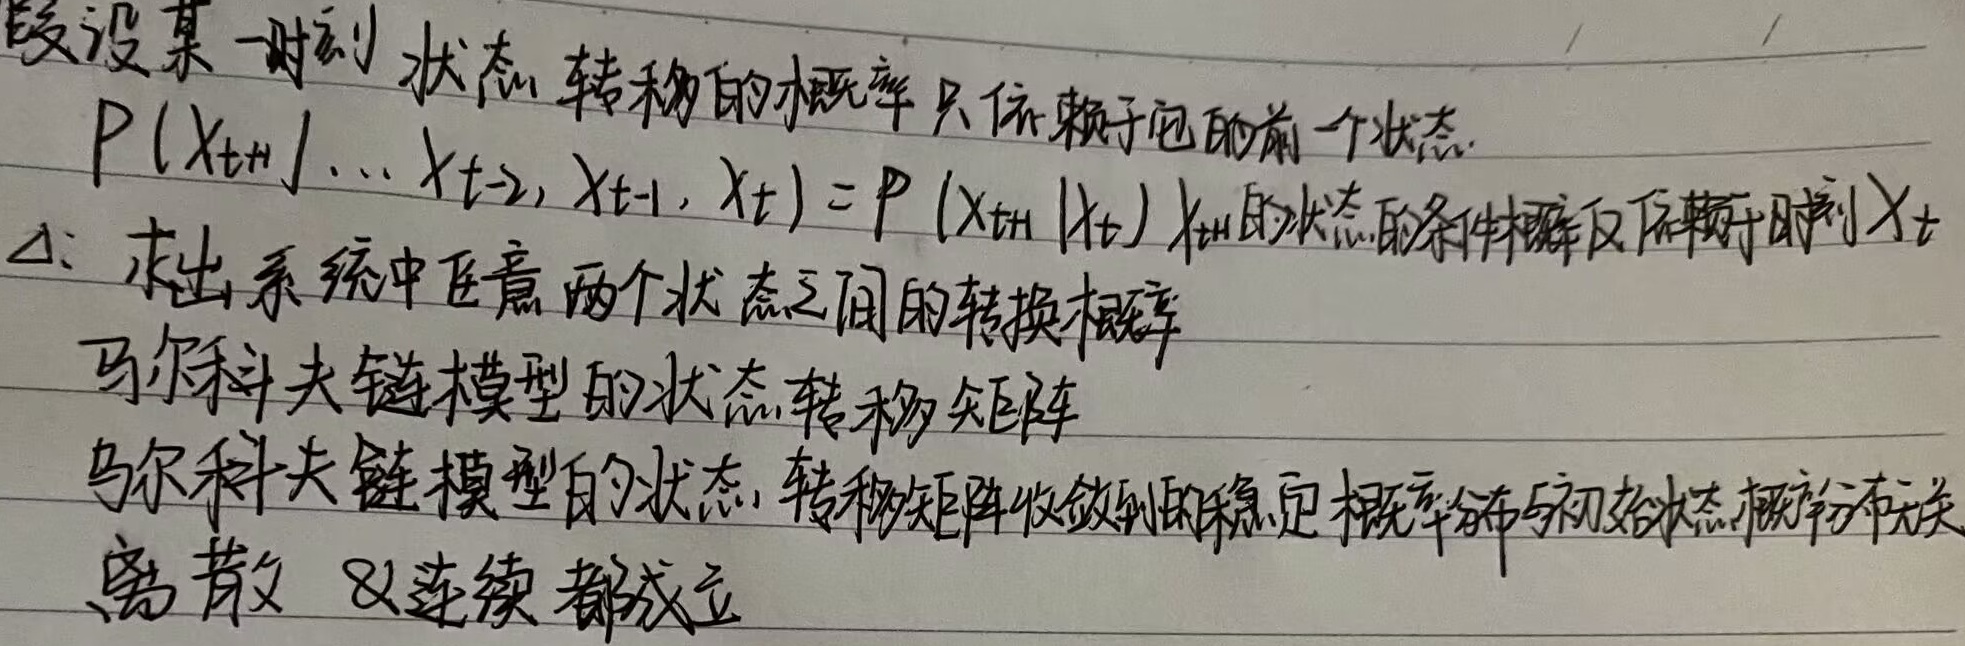
假设某一时刻，状态转移的概率只依赖于它的前一个状态。\(P(X_{t + 1},\dots,X_{t - 2},X_{t - 1},X_{t}) = P(X_{t+1}\mid X_{t})\)，\(t\)时刻状态的条件概率仅依赖于时刻\(X_{t}\)。

\(\Delta\)：求出系统中任意两个状态之间的转换概率。马尔科夫链模型的状态转移矩阵。马尔科夫链模型的状态转移矩阵收敛到的稳定概率分布与初始状态概率分布无关，离散和连续情况都成立。